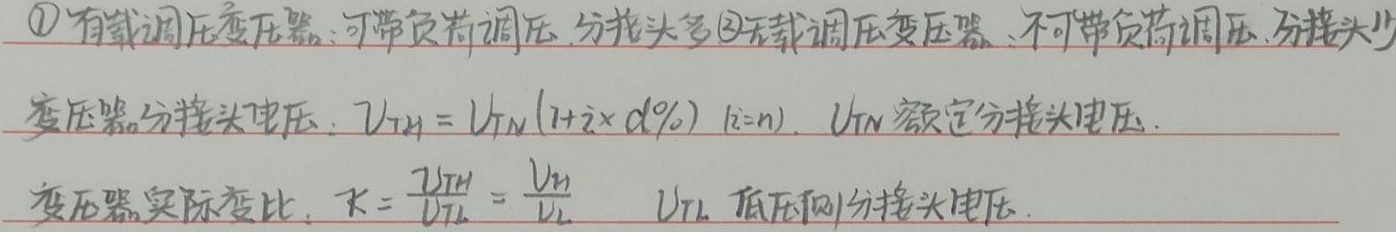
\textcircled{1}有载调压变压器：可带负荷调压，分接头多。
\textcircled{2}无载调压变压器：不可带负荷调压，分接头少。

变压器分接头电压：\(U_{Tt} = U_{TN}(1 + i\times\alpha\%)\ (i = n)\)，其中\(U_{TN}\)为额定分接头电压。

变压器实际变比：\(k=\frac{U_{TH}}{U_{TL}}=\frac{U_{T}}{U_{L}}\) ，其中\(U_{TL}\)为低压侧分接头电压。